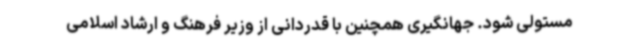
مستولی شود. جهانگیری همچنین با قدردانی از وزیر فرهنگ و ارشاد اسلامی